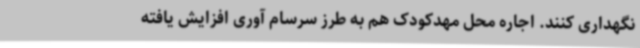
نگهداری کنند. اجاره محل مهدکودک هم به طرز سرسام آوری افزایش یافته